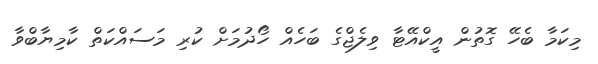
މިކަމާ ބެހޭ ގޮތުން އީކްއޭޓާ ވިލެޖްގެ ބަހެއް ހޯދުމަށް ކުރި މަސައްކަތް ކާމިޔާބްވާ